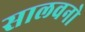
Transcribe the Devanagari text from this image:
सालवनो